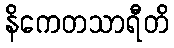
နိကေတသာရီတိ